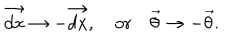
\vec { d x } \rightarrow - \vec { d x } , \quad \mathrm { o r } \quad \vec { \theta } \rightarrow - \vec { \theta } .